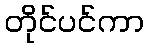
တိုင်ပင်ကာ